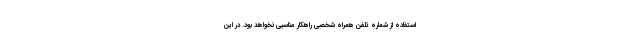
استفاده از شماره تلفن همراه شخصی راهکار مناسبی نخواهد بود. در این